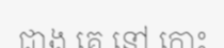
ជាង គេ នៅ កោះ